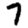
Digit: 7